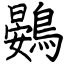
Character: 鷃